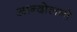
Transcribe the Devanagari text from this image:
आन्दोलनो